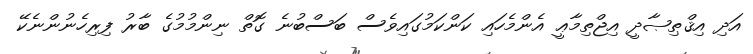
އަދި އިޤްޠިޞާދީ އިޖްތިމާޢީ އެންމެހައި ކަންކަމުގައިވެސް ބަސްބުނެ ގޮތް ނިންމުމުގެ ބާރު ފިރިހެނުންނެކޭ